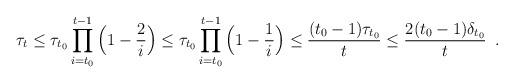
LaTeX: \begin{align*}\tau_{t}\leq \tau_{t_{0}}\prod_{i={t_{0}}}^{t-1}\Big(1-\frac{2}{i}\Big)\leq \tau_{t_{0}}\prod_{i={t_{0}}}^{t-1}\Big(1-\frac{1}{i}\Big)\le \frac{(t_{0}-1)\tau_{t_{0}}}{t}\le \frac{2(t_{0}-1)\delta_{t_{0}}}{t}\enspace.\end{align*}